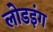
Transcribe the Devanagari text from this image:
लोडइंग